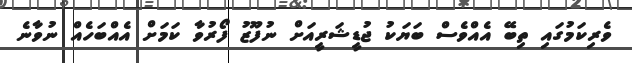
ވެރިކަމުގައި ތިބޭ އެއްވެސް ބަޔަކު ޖުޑީޝަރީއަށް ނުފޫޒު ފޯރުވާ ކަމަށް އެއްބަހެއް ނުވާނެ